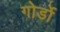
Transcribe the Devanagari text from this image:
गोर्डो